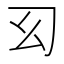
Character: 𢆱